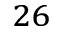
^ { 2 6 }